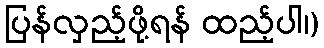
ပြန်လှည့်ဖို့ရန် ထည့်ပါ၊)